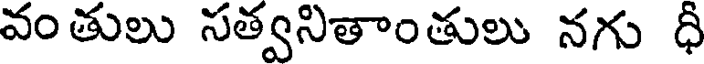
వంతులు సత్వనితాంతులు నగు ధీ